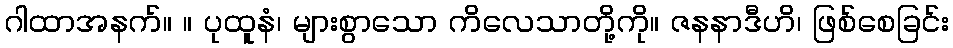
ဂါထာအနက်။ ။ ပုထူနံ၊ များစွာသော ကိလေသာတို့ကို။ ဇနနာဒီဟိ၊ ဖြစ်စေခြင်း